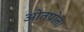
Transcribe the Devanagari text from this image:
ओतप्रोत।